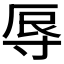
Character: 𭔱